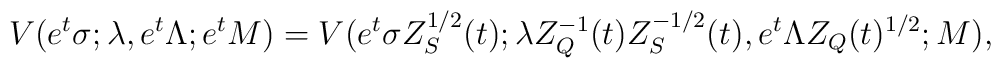
V(e^t \sigma; \lambda, e^t \Lambda; e^t M) =   V(e^t \sigma Z_S^{1/2}(t); \lambda Z_Q^{-1}(t) Z_S^{-1/2}(t),     e^t \Lambda Z_Q(t)^{1/2}; M),